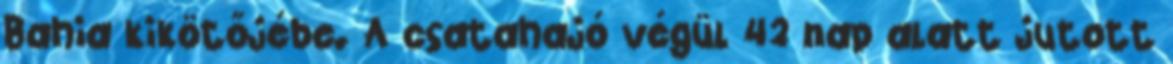
Bahia kikötőjébe. A csatahajó végül 42 nap alatt jutott